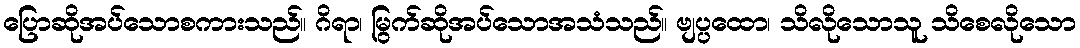
ပြောဆိုအပ်သောစကားသည်။ ဂိရာ၊ မြွက်ဆိုအပ်သောအသံသည်။ ဗျပ္ပထော၊ သိလိုသောသူ သိစေလိုသော